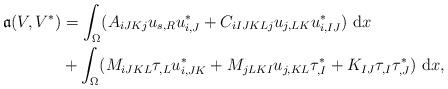
LaTeX: \begin{align*}\frak{a}(V,V^*) &= \int_{\Omega} (A_{iJKj} u_{s,R} u^*_{i,J} +C_{iIJKLj}u_{j,LK} u^*_{i,IJ}) \ \mathrm{d}x \\&+\int_{\Omega} (M_{iJKL} \tau_{,L} u^*_{i,JK} + M_{jLKI} u_{j,KL}\tau^*_{,I} + K_{IJ} \tau_{,I} \tau^*_{,J})\ \mathrm{d}x,\end{align*}